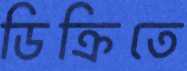
ডিক্রিতে